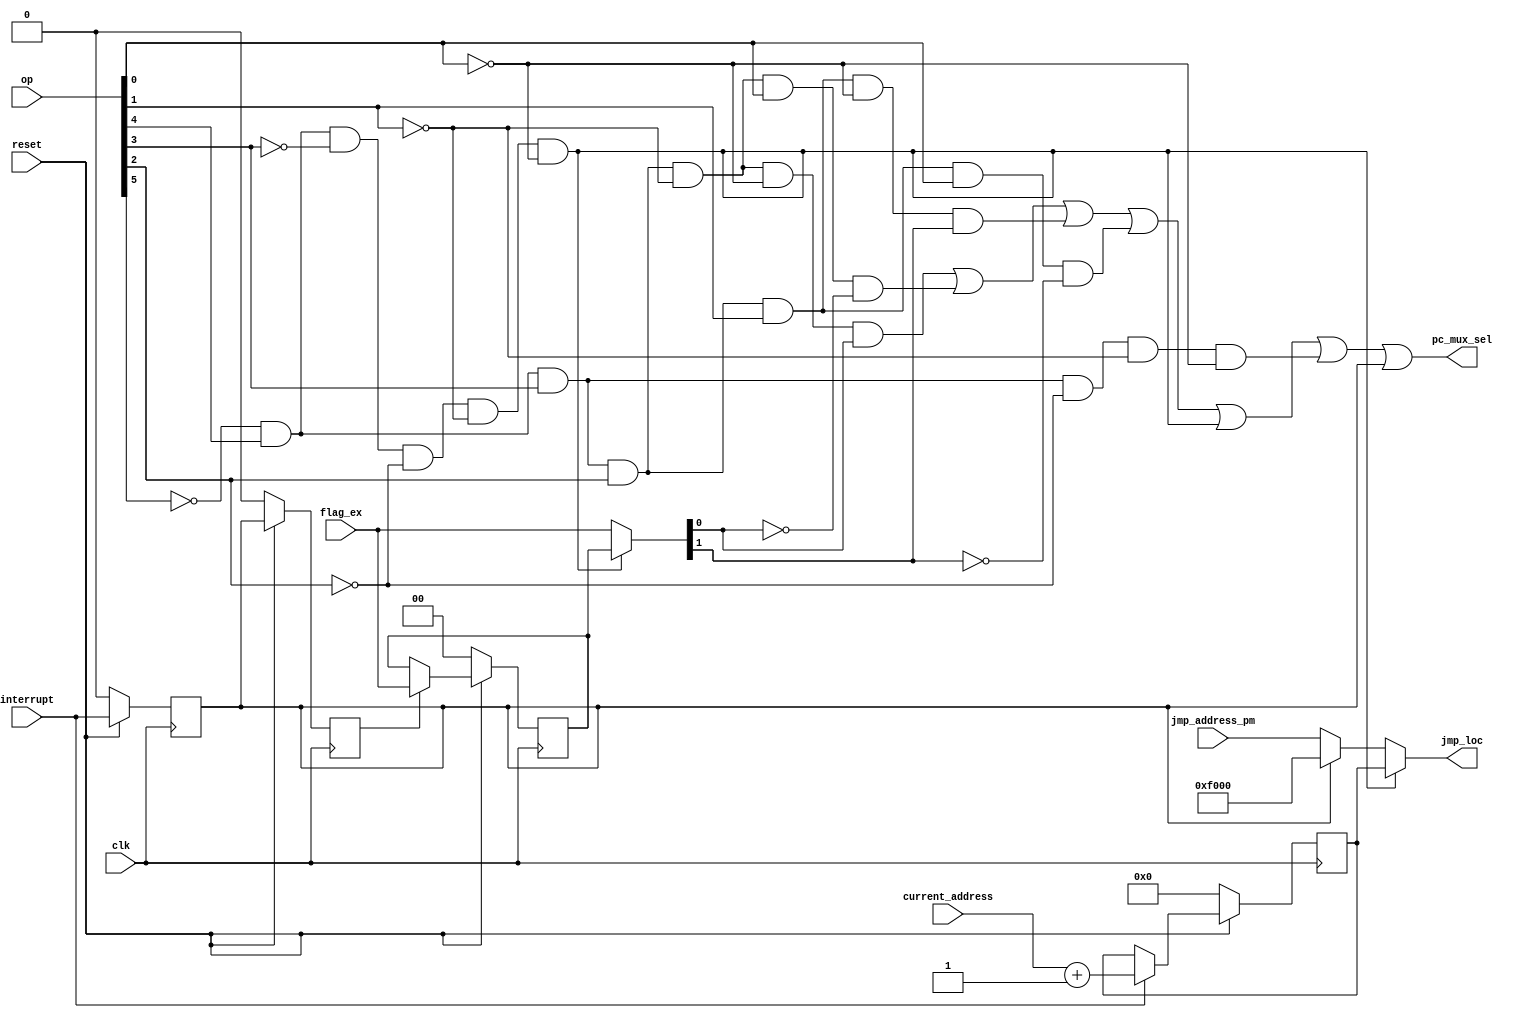
`timescale 1ns / 1ps
//////////////////////////////////////////////////////////////////////////////////
// Company: 
// Engineer: 
// 
// Design Name: 
// Module Name:    jump_control_block 
// Project Name: 
// Target Devices: 
// Tool versions: 
// Description: 
//
// Dependencies: 
//
// Revision: 
// Revision 0.01 - File Created
// Additional Comments: 
//
//////////////////////////////////////////////////////////////////////////////////

module jump_control_block(jmp_address_pm,current_address, op, flag_ex,interrupt,clk, reset,jmp_loc,pc_mux_sel
    );
input [15:0] jmp_address_pm,current_address;
input [5:0] op;
input [1:0] flag_ex;
input interrupt,clk, reset;
output wire [15:0] jmp_loc;
output pc_mux_sel;
wire jnv, jv, jz, jnz, jmp, ret;
wire [1:0] flag_tmp,  flag_mux;
wire [15:0] jmp_address_pm_out, next_address;
wire [15:0] pc_counter_mux;
reg [15:0] current_address_tmp;
reg [1:0] flag_ex_tmp;
reg jmp_address_pm_sel, flag_ex_sel;

assign jv =(~op[5] & op[4] & op[3] & op[2] & ~op[1] & ~op[0]);
assign jnv = (~op[5] & op[4] & op[3] & op[2] & ~op[1] & op[0]);
assign jz = (~op[5] & op[4] & op[3] & op[2] & op[1] & ~op[0]);
assign jnz = (~op[5] & op[4] & op[3] & op[2] & op[1] & op[0]);
assign jmp = (~op[5] & op[4] & op[3] & ~op[2] & ~op[1] & ~op[0]);
assign ret = (~op[5] & op[4] & ~op[3] & ~op[2] & ~op[1] & ~op[0]);

always@(posedge clk)
begin

	if(reset == 1'b0)
	begin
	jmp_address_pm_sel <=0;
	flag_ex_sel	<= 0;
	end
	
	else
	begin
	jmp_address_pm_sel <= interrupt;
	flag_ex_sel	<= jmp_address_pm_sel;
	end
	
end

assign w1 = jv & flag_tmp[0];
assign w2 = jnv & ~flag_tmp[0];
assign w3 = jz & flag_tmp[1];
assign w4 = jnz & ~flag_tmp[1];
assign next_address = current_address + 16'b0000000000000001;

assign pc_mux_sel = (w1|w2|w3|w4|ret|jmp|jmp_address_pm_sel);

assign pc_counter_mux = ( interrupt == 0) ? current_address_tmp : next_address;

assign jmp_address_pm_out = (jmp_address_pm_sel == 0) ? jmp_address_pm : 16'b1111000000000000; 

assign jmp_loc = (ret == 1'b0) ? jmp_address_pm_out : current_address_tmp; 

assign flag_mux = (flag_ex_sel == 1'b0) ? flag_ex_tmp : flag_ex;

assign flag_tmp = (ret == 1'b0) ? flag_ex : flag_ex_tmp;

always@(posedge clk)
begin
if(reset == 1'b0)
begin
current_address_tmp <= 0;
flag_ex_tmp <= 0;
end
else
begin
current_address_tmp <= pc_counter_mux;
flag_ex_tmp <= flag_mux;
end
end

endmodule